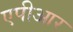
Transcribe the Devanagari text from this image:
एपीआर